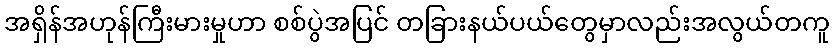
အရှိန်အဟုန်ကြီးမားမှုဟာ စစ်ပွဲအပြင် တခြားနယ်ပယ်တွေမှာလည်းအလွယ်တကူ